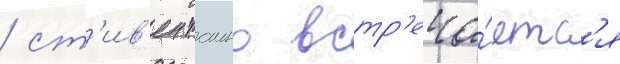
/ ст'ив'ен таино встр'еча́етс'я